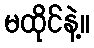
မထိုင်နဲ့။